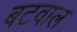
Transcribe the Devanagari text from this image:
बटवाल